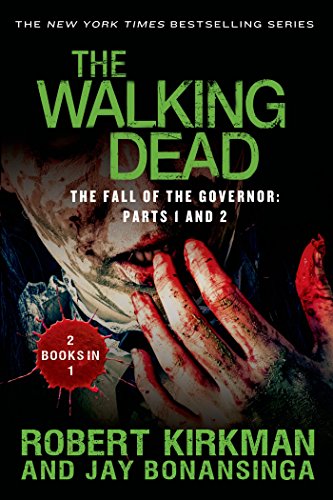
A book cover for The Walking Dead: The Fall of the Governor: Parts 1 and 2 (The Walking Dead Series); Robert Kirkman; Mystery, Thriller & Suspense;